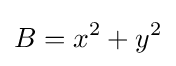
B=x^{2}+y^{2}